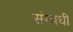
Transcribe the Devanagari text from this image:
संम्बधी